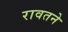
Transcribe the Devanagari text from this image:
रावतने